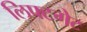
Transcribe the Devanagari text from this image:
लिफ्टगेट